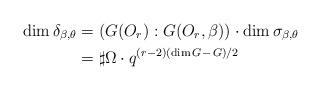
LaTeX: \begin{align*} \dim\delta_{\beta,\theta} &=\left(G(O_r):G(O_r,\beta)\right)\cdot\dim\sigma_{\beta,\theta}\\ &=\sharp\Omega\cdot q^{(r-2)(\dim G-\,G)/2}\end{align*}